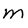
Character: M